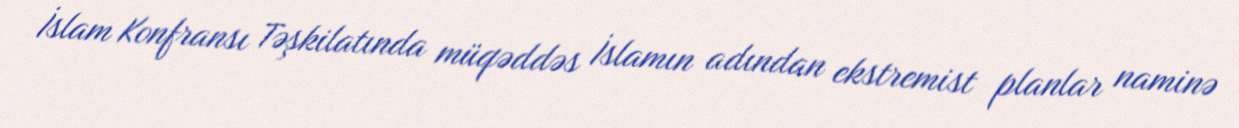
İslam Konfransı Təşkilatında müqəddəs İslamın adından ekstremist planlar naminə